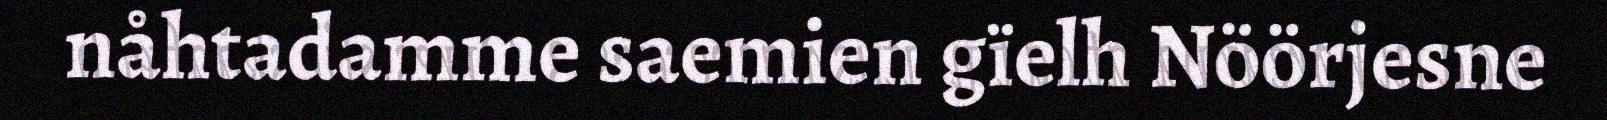
nåhtadamme saemien gïelh Nöörjesne